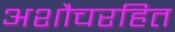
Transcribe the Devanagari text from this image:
अशौचरहित